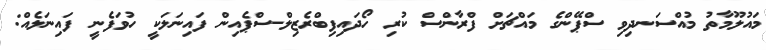
މައުލޫމާތު މުއްސަނދިވި ސްޕޭންގެ މައްޗަށް ފްރާންސް ކުރި ހޯދައިފިބްރެޒިލް-ސްޕެއިން ފައިނަލަކީ ހުވަފެނީ ފައިނަލެއް: